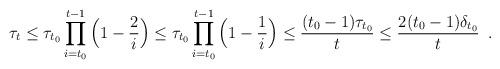
LaTeX: \begin{align*}\tau_{t}\leq \tau_{t_{0}}\prod_{i={t_{0}}}^{t-1}\Big(1-\frac{2}{i}\Big)\leq \tau_{t_{0}}\prod_{i={t_{0}}}^{t-1}\Big(1-\frac{1}{i}\Big)\le \frac{(t_{0}-1)\tau_{t_{0}}}{t}\le \frac{2(t_{0}-1)\delta_{t_{0}}}{t}\enspace.\end{align*}